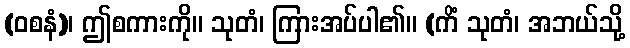
(ဝစနံ)၊ ဤစကားကို။ သုတံ၊ ကြားအပ်ပါ၏။ (ကိံ သုတံ၊ အဘယ်သို့